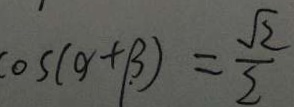
\cos ( x + \beta ) = \frac { \sqrt { 2 } } { 2 }